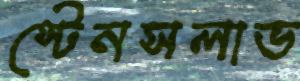
স্টেনসলাভ